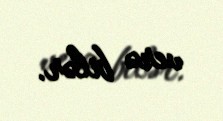
verə bilər.